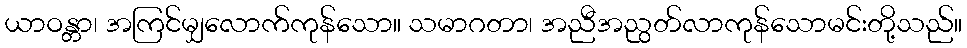
ယာဝန္တာ၊ အကြင်မျှလောက်ကုန်သော။ သမာဂတာ၊ အညီအညွတ်လာကုန်သောမင်းတို့သည်။